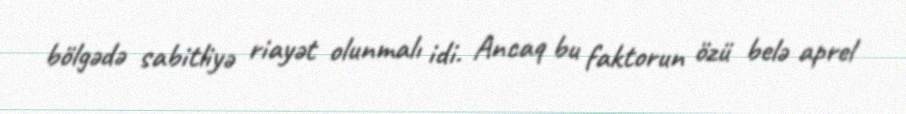
bölgədə sabitliyə riayət olunmalı idi. Ancaq bu faktorun özü belə aprel